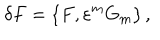
\delta F = \{ F , \varepsilon ^ { m } G _ { m } \} \, ,